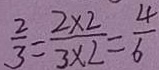
\frac { 2 } { 3 } = \frac { 2 \times 2 } { 3 \times 2 } = \frac { 4 } { 6 }